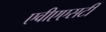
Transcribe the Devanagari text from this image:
एवीएएसटी